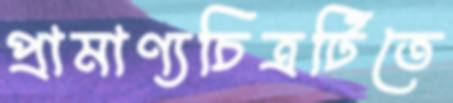
প্রামাণ্যচিত্রটিতে